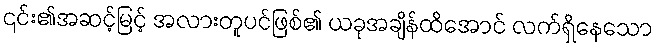
၎င်း၏အဆင့်မြင့် အလားတူပင်ဖြစ်၏ ယခုအချိန်ထိအောင် လက်ရှိနေသော